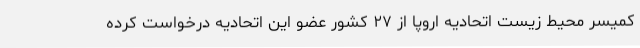
کمیسر محیط زیست اتحادیه اروپا از ۲۷ کشور عضو این اتحادیه درخواست کرده